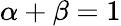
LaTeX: \alpha+\beta=1